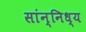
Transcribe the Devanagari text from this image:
सांन्निध्य